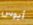
أبوس